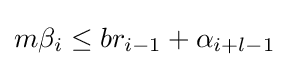
m\beta _{i}\leq br_{i-1}+\alpha _{i+l-1}